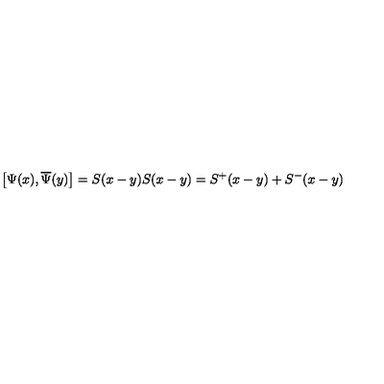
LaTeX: \left[ \Psi ( x ) , \overline { { \Psi } } ( y ) \right] = S ( x - y ) S ( x - y ) = S ^ { + } ( x - y ) + S ^ { - } ( x - y )